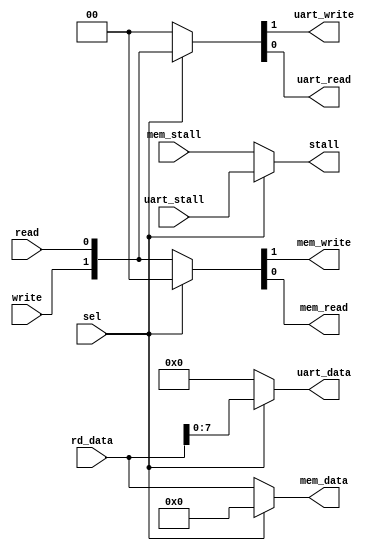
module write_mux (
input sel,
input[31:0] rd_data,
input write,
input read,
input mem_stall,
input uart_stall,
output stall,
output [7:0] uart_data,
output [31:0] mem_data,
output uart_write,
output uart_read,
output mem_write,
output mem_read
);
// assign uart lines based on select
assign uart_data = sel ? rd_data[7:0]: 0;
assign {uart_write,uart_read} = sel ? {write, read} : 2'b00;
// assign mem lines based on select
assign mem_data = sel ? 0 : rd_data;
assign {mem_write,mem_read} = sel ? 2'b00 : {write, read};

assign stall = sel ? uart_stall : mem_stall;
endmodule